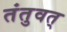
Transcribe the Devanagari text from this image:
तंतुवत्